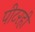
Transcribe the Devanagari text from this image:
पीटरही